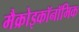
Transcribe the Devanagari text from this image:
मैक्रोइकॉनॉमिक